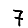
Digit: 7